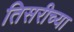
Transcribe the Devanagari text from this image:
तिसरीच्या